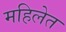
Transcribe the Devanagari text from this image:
महिलेत